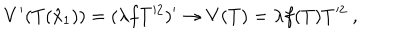
LaTeX: V ^ { \prime } ( T ( \hat { x } _ { 1 } ) ) = ( \lambda f T ^ { 2 } ) ^ { \prime } \rightarrow V ( T ) = \lambda f ( T ) T ^ { 2 } \ ,